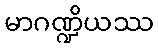
မာဂဏ္ဍိယဿ